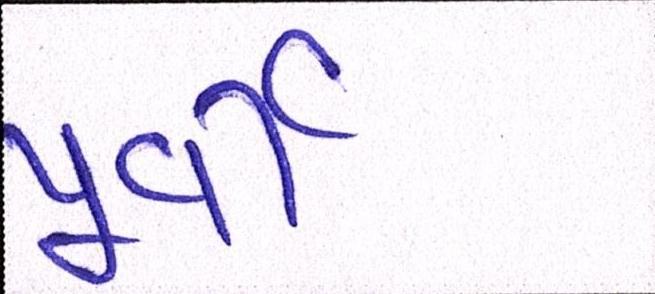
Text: પૂર્વી